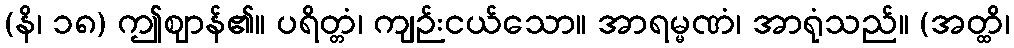
(နိ၊ ၁၈) ဤဈာန်၏။ ပရိတ္တံ၊ ကျဉ်းငယ်သော။ အာရမ္မဏံ၊ အာရုံသည်။ (အတ္ထိ၊